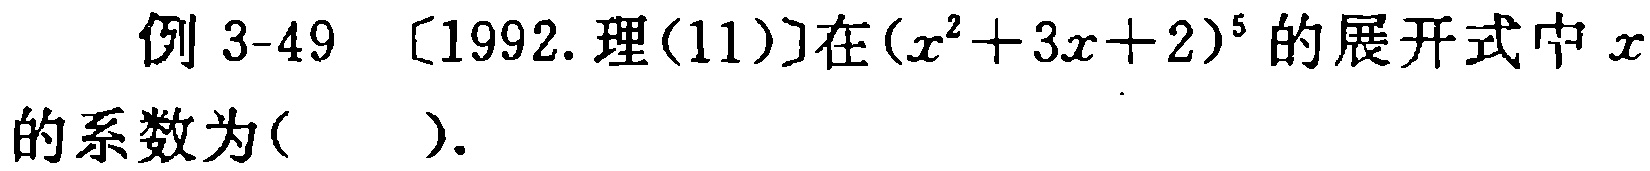
例 3-49 [1992. 理(11)]在\((x^{2}+3x + 2)^{5}\)的展开式中\(x\)的系数为( ).